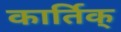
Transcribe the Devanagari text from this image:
कार्तिक्